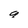
Character: a